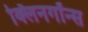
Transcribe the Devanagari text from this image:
क्लिनगॉन्स